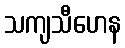
သကျသီဟေန